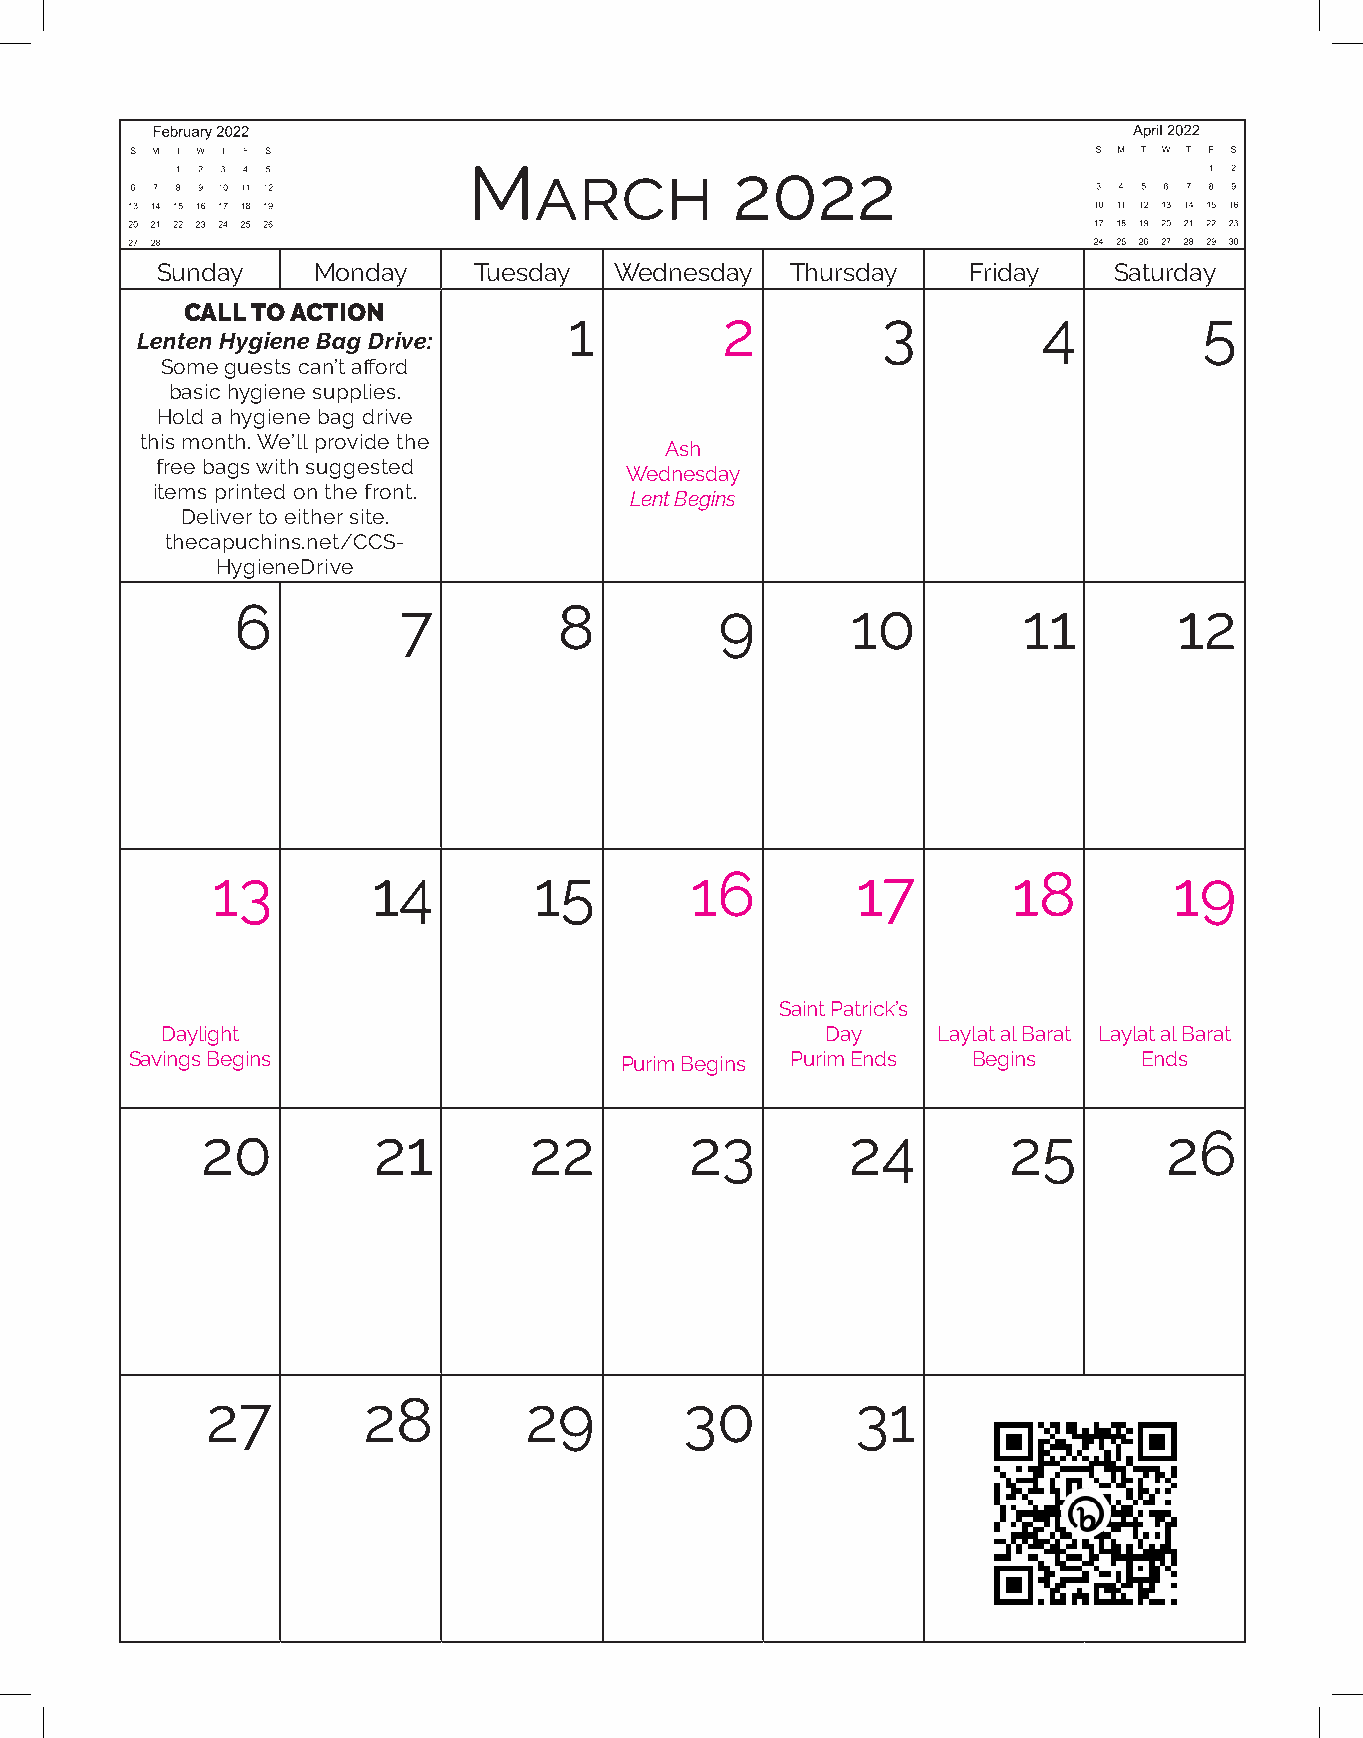
February 2020
 S M T W T F S
 1
 March             2022
 2 3 4 5 6 7 8
 9 101112131415
 16171819202122
 232425262728
 Sunday     Monday    Tuesday   Wednesday  Thursday    Friday    Saturday
 CALL TO ACTION            1         2         3          4          5
 Lenten Hygiene Bag Drive:
 Some guests can’t afford
 basic hygiene supplies.
 Hold a hygiene bag drive
 this month. We’ll provide the
 Ash
 free bags with suggested
 Wednesday
 items printed on the front.
 Lent Begins
 Deliver to either site.
 thecapuchins.net/CCS-
 HygieneDrive
 6         7          8          9       10          11        12
 13         14        15         16         17        18         19
 Saint Patrick’s
 Daylight                                    Day    Laylat al Barat Laylat al Barat
 Savings Begins                  Purim Begins Purim Ends Begins     Ends
 20          21        22         23        24         25        26
 27        28         29        30          31